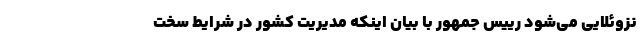
نزوئلایی می‌شود رییس جمهور با بیان اینکه مدیریت کشور در شرایط سخت